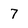
Character: 7